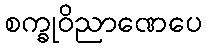
စက္ခုဝိညာဏေပေ